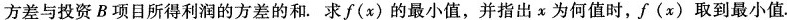
方差与投资B项目所得利润的方差的和.求f(x)的最小值，并指出x为何值时，f(x)取到最小值.